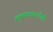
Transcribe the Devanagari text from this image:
मुक्तकाव्याचीही